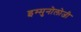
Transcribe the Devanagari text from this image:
इम्मुनोलोजी